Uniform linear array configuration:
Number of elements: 12
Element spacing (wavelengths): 0.25
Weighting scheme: kaiser
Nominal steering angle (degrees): -30
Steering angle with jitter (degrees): -29.801
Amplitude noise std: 0.05
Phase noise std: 0.05

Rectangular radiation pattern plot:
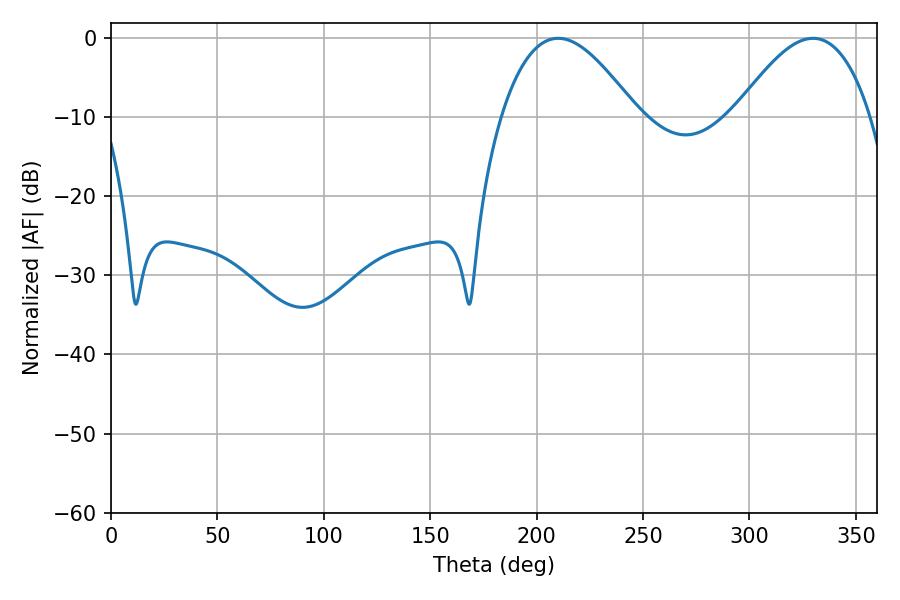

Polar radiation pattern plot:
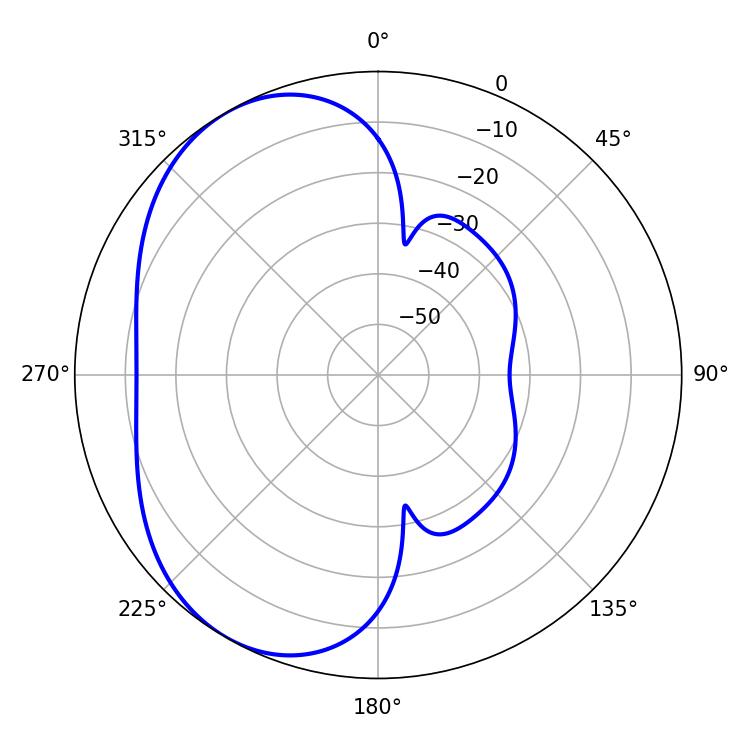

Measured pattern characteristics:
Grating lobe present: FALSE
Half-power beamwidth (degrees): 34.74
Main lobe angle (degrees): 210.06